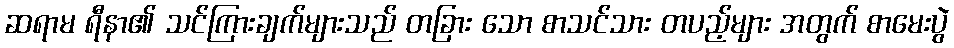
ဆရာမ ရီနာ၏ သင်ကြားချက်များသည် တခြား သော စာသင်သား တပည့်များ အတွက် စာမေးပွဲ